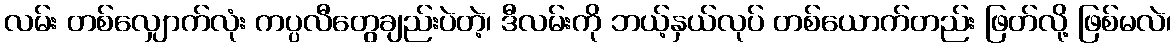
လမ်း တစ်လျှောက်လုံး ကပ္ပလီတွေချည်းပဲတဲ့၊ ဒီလမ်းကို ဘယ့်နှယ်လုပ် တစ်ယောက်တည်း ဖြတ်လို့ ဖြစ်မလဲ၊